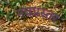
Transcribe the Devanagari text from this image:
नवप्रस्तर